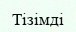
Тізімді